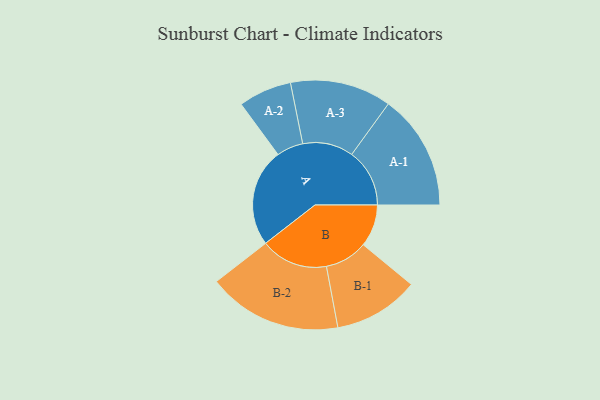
{"axis": {"x": "Segment", "y": "Value"}, "legend": ["", "A", "B"], "data": [{"x": "A", "y": 408, "type": ""}, {"x": "B", "y": 176, "type": ""}, {"x": "A-1", "y": 241, "type": "A"}, {"x": "A-2", "y": 111, "type": "A"}, {"x": "A-3", "y": 211, "type": "A"}, {"x": "B-1", "y": 178, "type": "B"}, {"x": "B-2", "y": 280, "type": "B"}]}